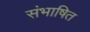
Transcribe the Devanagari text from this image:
संभाषित